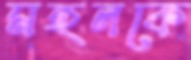
মহলকে